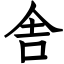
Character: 舎